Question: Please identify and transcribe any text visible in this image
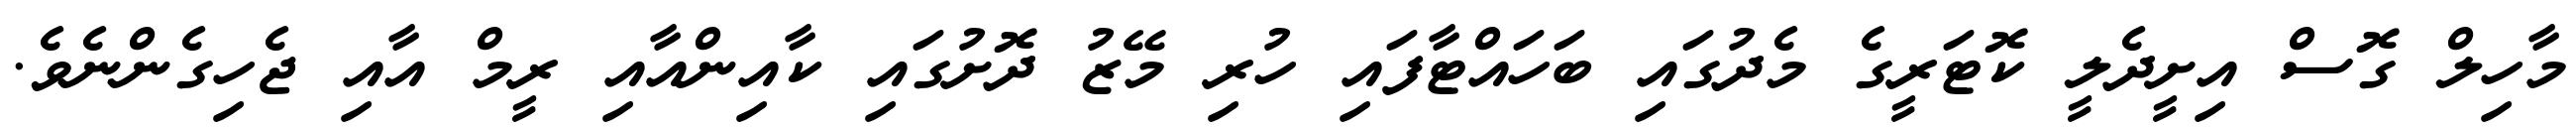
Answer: މާހިލް ގޮސް އިށީދެލީ ކޮޓަރީގެ މެދުގައި ބަހައްޓާފައި ހުރި މޭޒު ދޮށުގައި ކާއިންއާއި ރީމް އާއި ޖެހިގެންނެވެ.